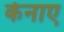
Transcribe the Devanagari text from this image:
केनाए